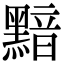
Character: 黯